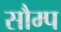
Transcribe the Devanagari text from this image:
सौम्प